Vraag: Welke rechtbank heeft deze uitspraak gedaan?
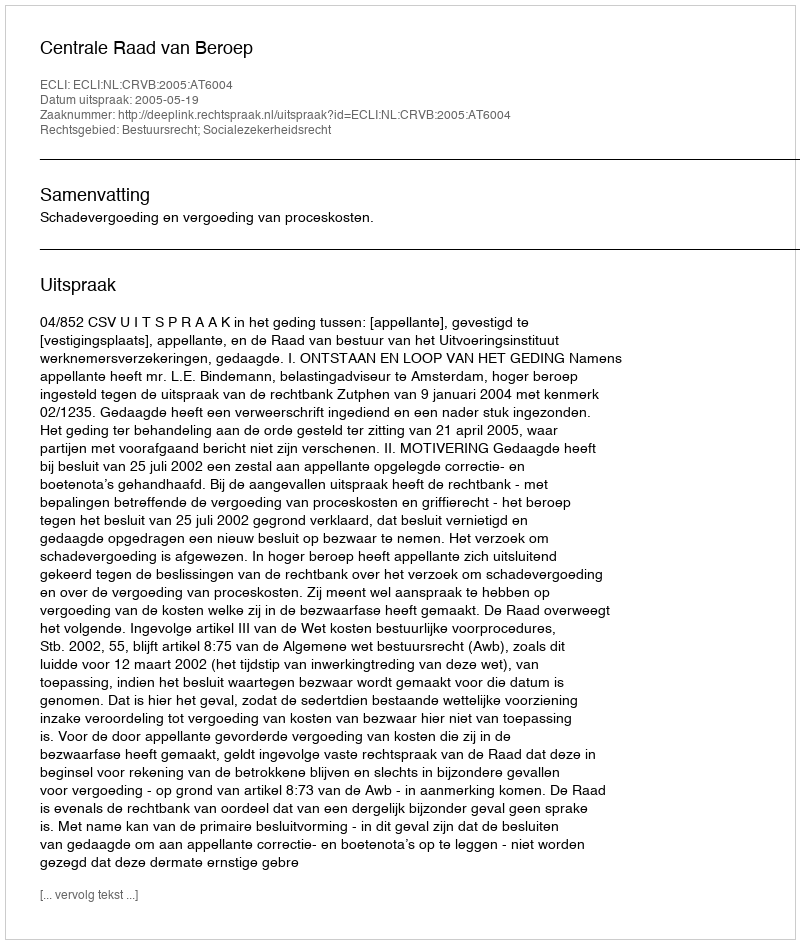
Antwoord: Centrale Raad van Beroep